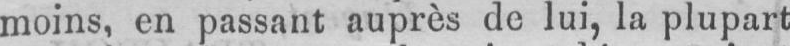
moins, en passant auprès de lui, la plupart